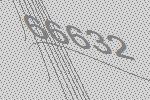
66632